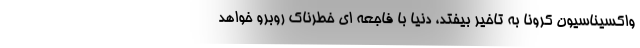
واکسیناسیون کرونا به تاخیر بیفتد، دنیا با فاجعه ای خطرناک روبرو خواهد